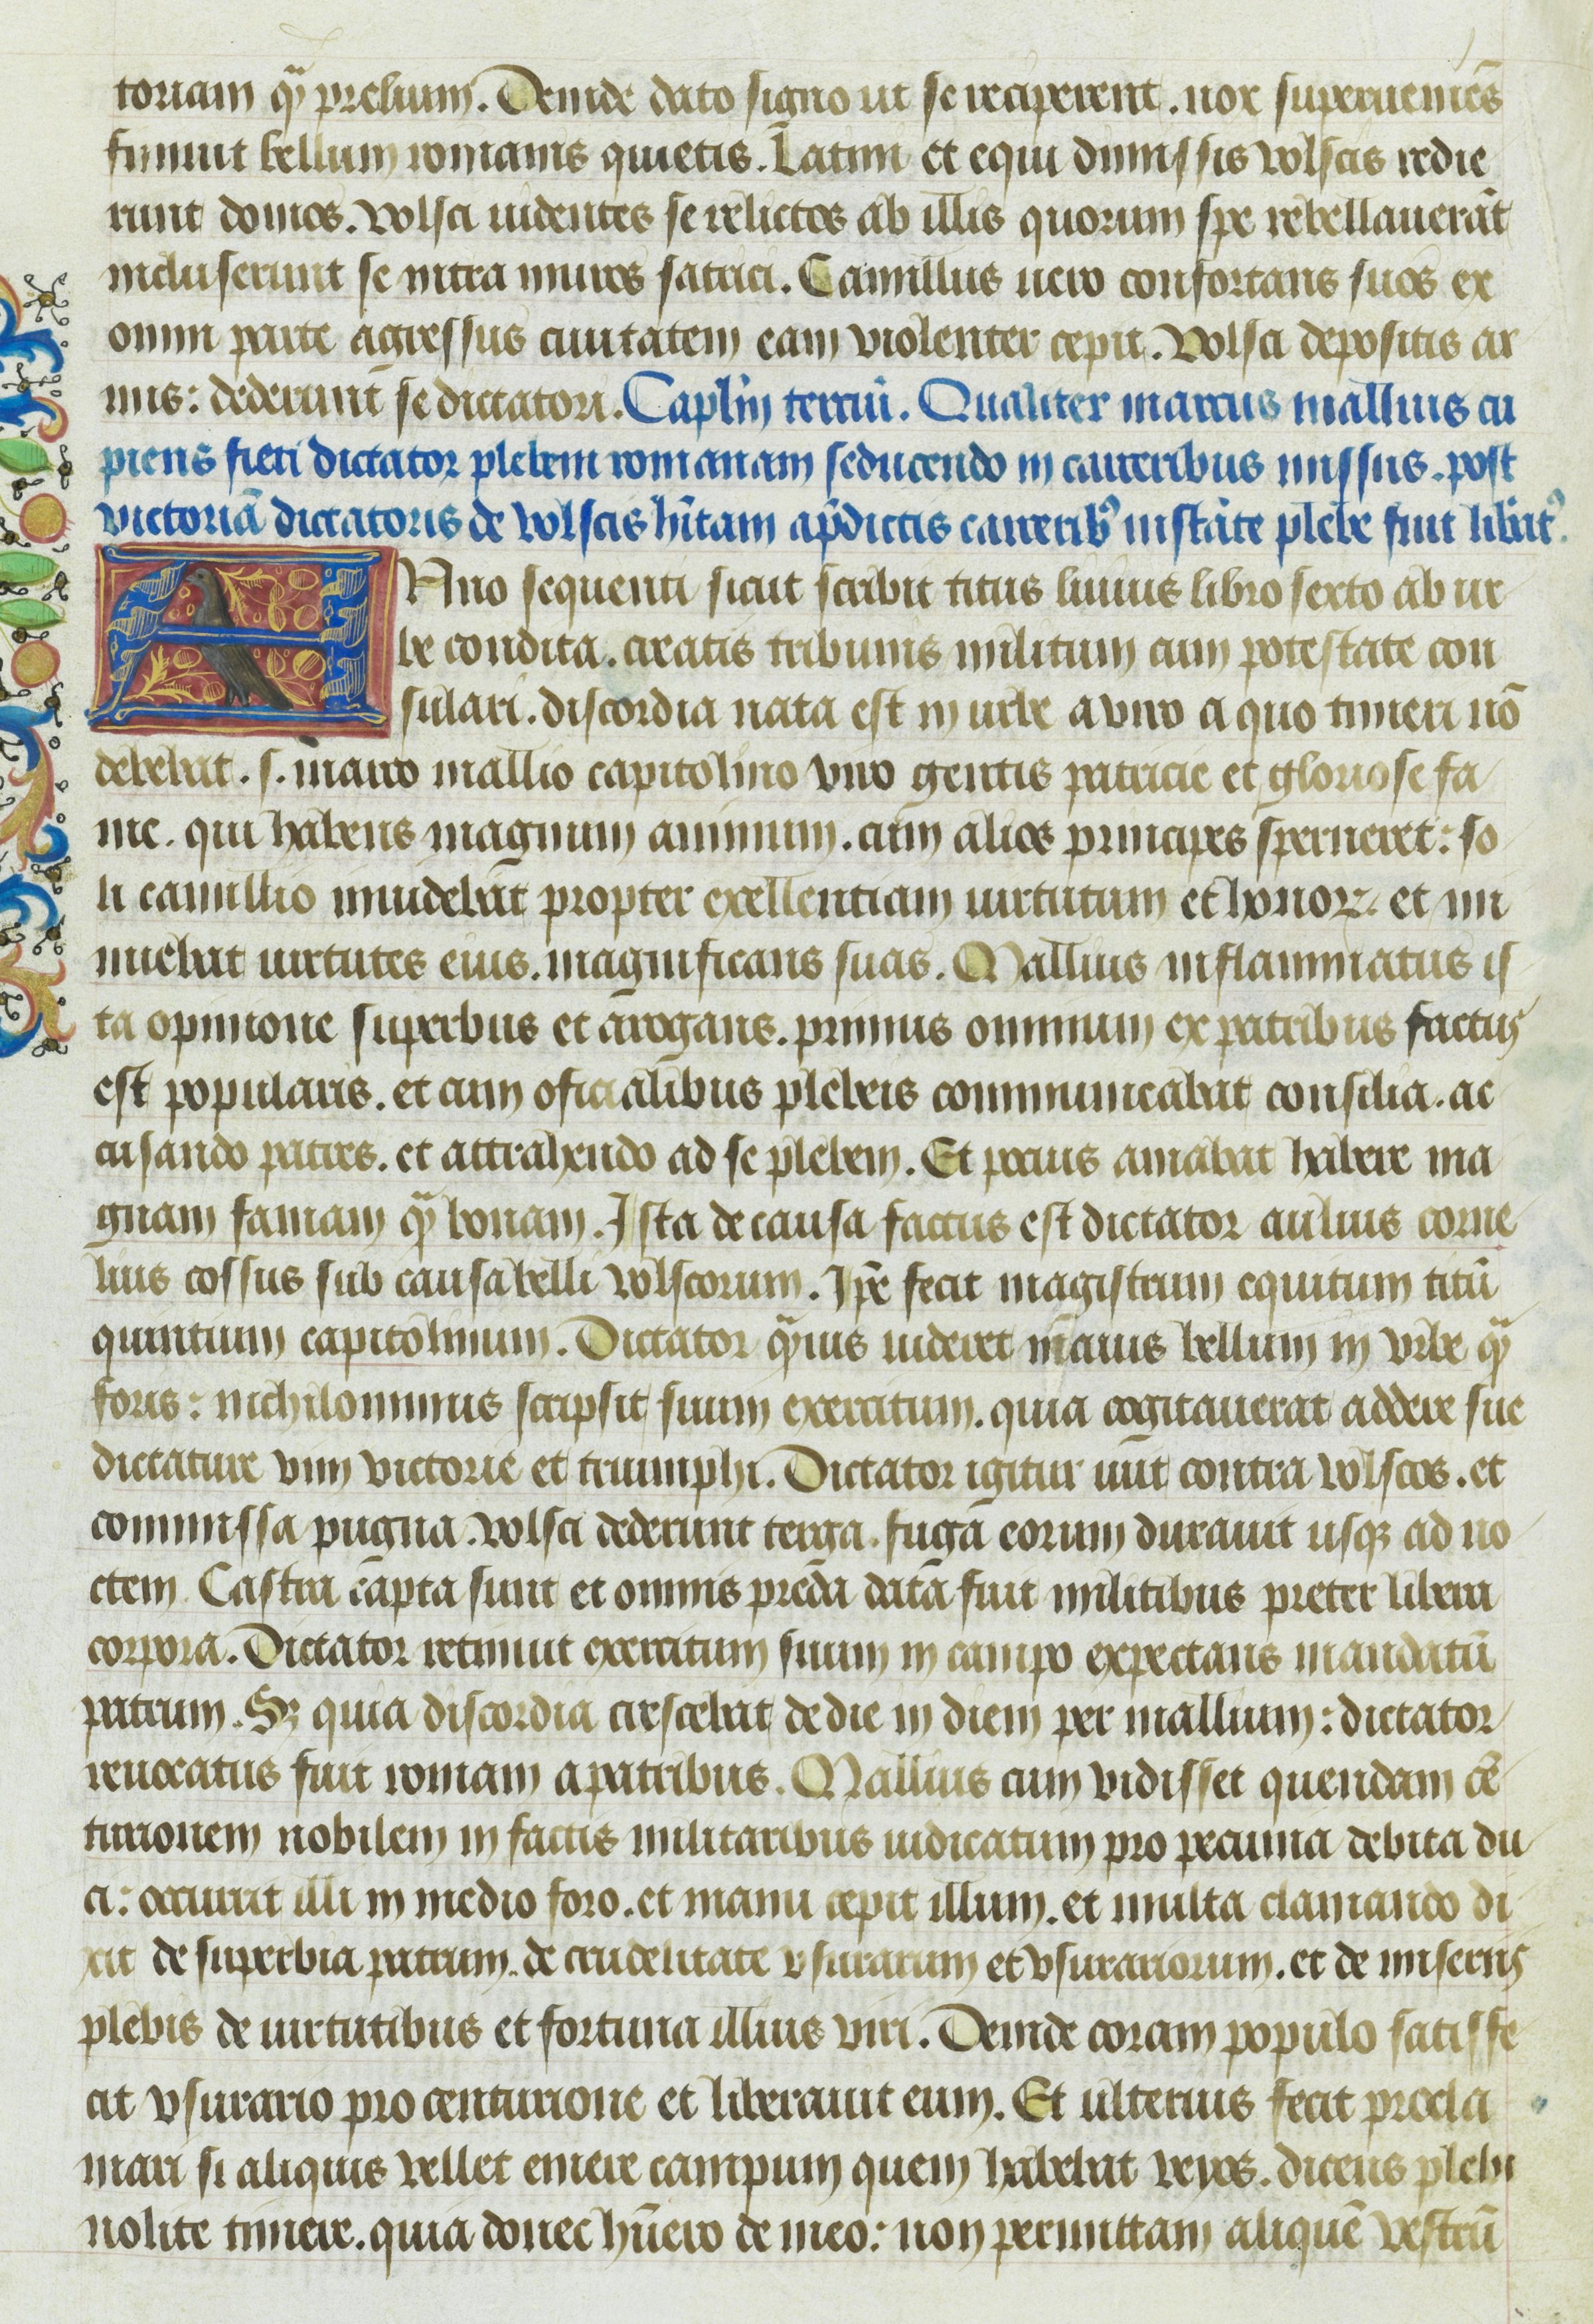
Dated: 1400–1499